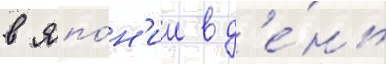
в япо́н'ии в д'е́нь